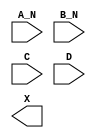
module sky130_fd_sc_hs__and4bb (
    //# {{data|Data Signals}}
    input  A_N,
    input  B_N,
    input  C  ,
    input  D  ,
    output X
);

    // Voltage supply signals
    supply1 VPWR;
    supply0 VGND;

endmodule